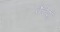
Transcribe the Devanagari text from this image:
कैटेशु